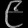
Digit: ၉